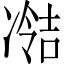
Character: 𫥘